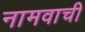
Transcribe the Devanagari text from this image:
नामवाची